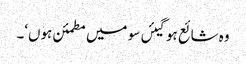
وہ شائع ہوگیئں سو میں مطمئن ہوں‘۔